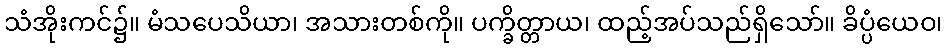
သံအိုးကင်၌။ မံသပေသိယာ၊ အသားတစ်ကို။ ပက္ခိတ္တာယ၊ ထည့်အပ်သည်ရှိသော်။ ခိပ္ပံယေဝ၊